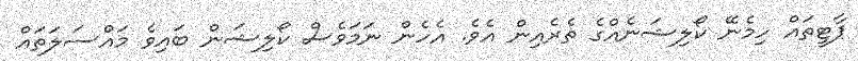
ޕާޓީތައް ހިމެނޭ ކޯލިޝަނެއްގެ ތެރެއިން އެވެ. އެހެން ނަމަވެސް ކޯލިޝަން ބައިވެ މައްސަލަތައް